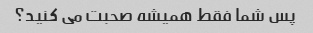
پس شما فقط همیشه صحبت می کنید؟